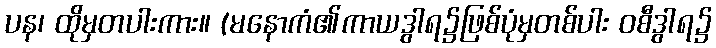
ပန၊ ထိုမှတပါးကား။ (မနောကံ၏ကာယဒွါရ၌ဖြစ်ပုံမှတစ်ပါး ဝစီဒွါရ၌